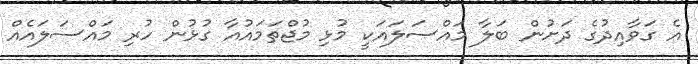
އެ ގަވާއިދުގެ ދަށުން ބަލާ މައްސަލައަކީ މުޅި މުޖްތަމައުއާ ގުޅުން ހުރި މައްސަލައެއް